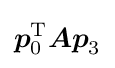
{\boldsymbol {p}}_{0}^{\mathrm {T} }{\boldsymbol {Ap}}_{3}